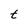
Character: t